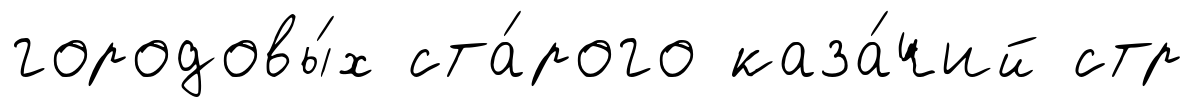
городовы́х ста́рого каза́чий стр